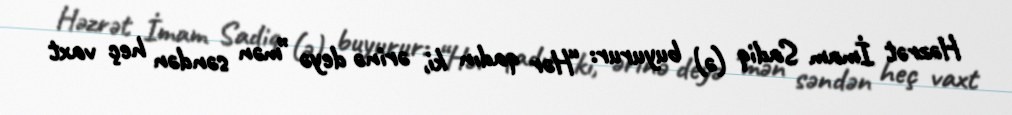
Həzrət İmam Sadiq (ə) buyurur: “Hər qadın ki, ərinə deyə ”mən səndən heç vaxt